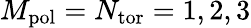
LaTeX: M_{\mathrm{pol}}=N_{\mathrm{tor}}=1,2,3